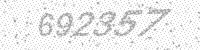
Solution: 692357